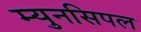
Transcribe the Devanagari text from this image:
म्युनसिपल